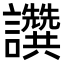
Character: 𧮖